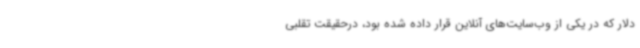
دلار که در یکی از وب‌سایت‌های آنلاین قرار داده شده بود، درحقیقت تقلبی